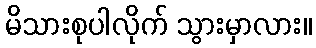
မိသားစုပါလိုက် သွားမှာလား။